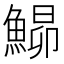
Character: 𩹡